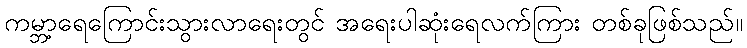
ကမ္ဘာ့ရေကြောင်းသွားလာရေးတွင် အရေးပါဆုံးရေလက်ကြား တစ်ခုဖြစ်သည်။